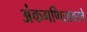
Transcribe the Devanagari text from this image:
अंकगणितावरचे